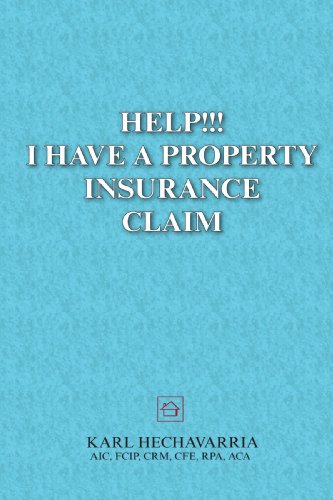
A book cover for Help!!! I Have a Property Insurance Claim; Karl Hechavarria; Business & Money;